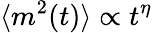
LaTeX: \langle m^{2}(t)\rangle\propto t^{\eta}